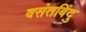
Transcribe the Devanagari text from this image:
वसंतबिंदु